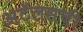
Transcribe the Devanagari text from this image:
अटॅलसची